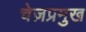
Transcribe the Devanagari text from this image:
चेज़प्रमुख